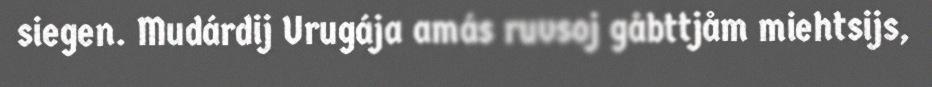
siegen. Mudárdij Urugája amás ruvsoj gåbttjåm miehtsijs,